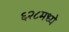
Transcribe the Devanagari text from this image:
६२८मध्ये